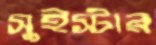
সুইস্টার